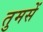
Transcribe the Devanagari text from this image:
तुमसें